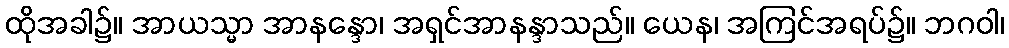
ထိုအခါ၌။ အာယသ္မာ အာနန္ဒော၊ အရှင်အာနန္ဒာသည်။ ယေန၊ အကြင်အရပ်၌။ ဘဂဝါ၊